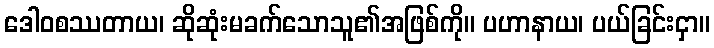
ဒေါဝစဿတာယ၊ ဆိုဆုံးမခက်သောသူ၏အဖြစ်ကို။ ပဟာနာယ၊ ပယ်ခြင်းငှာ။